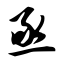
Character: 亟